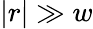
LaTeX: |r|\gg w